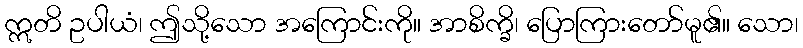
ဣတိ ဥပါယံ၊ ဤသို့သော အကြောင်းကို။ အာစိက္ခိ၊ ပြောကြားတော်မူ၏။ သော၊